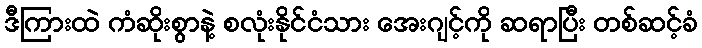
ဒီကြားထဲ ကံဆိုးစွာနဲ့ စလုံးနိုင်ငံသား အေးဂျင့်ကို ဆရာပြီး တစ်ဆင့်ခံ